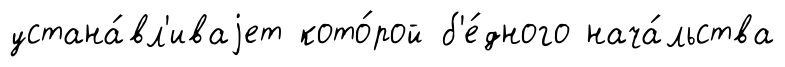
устана́вл'иваjет кото́рой б'е́дного нача́льства